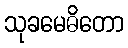
သုခမေဓိတော